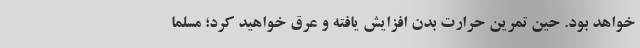
خواهد بود. حین تمرین حرارت بدن افزایش یافته و عرق خواهید کرد؛ مسلما